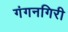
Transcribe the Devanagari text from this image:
गंगनगिरी